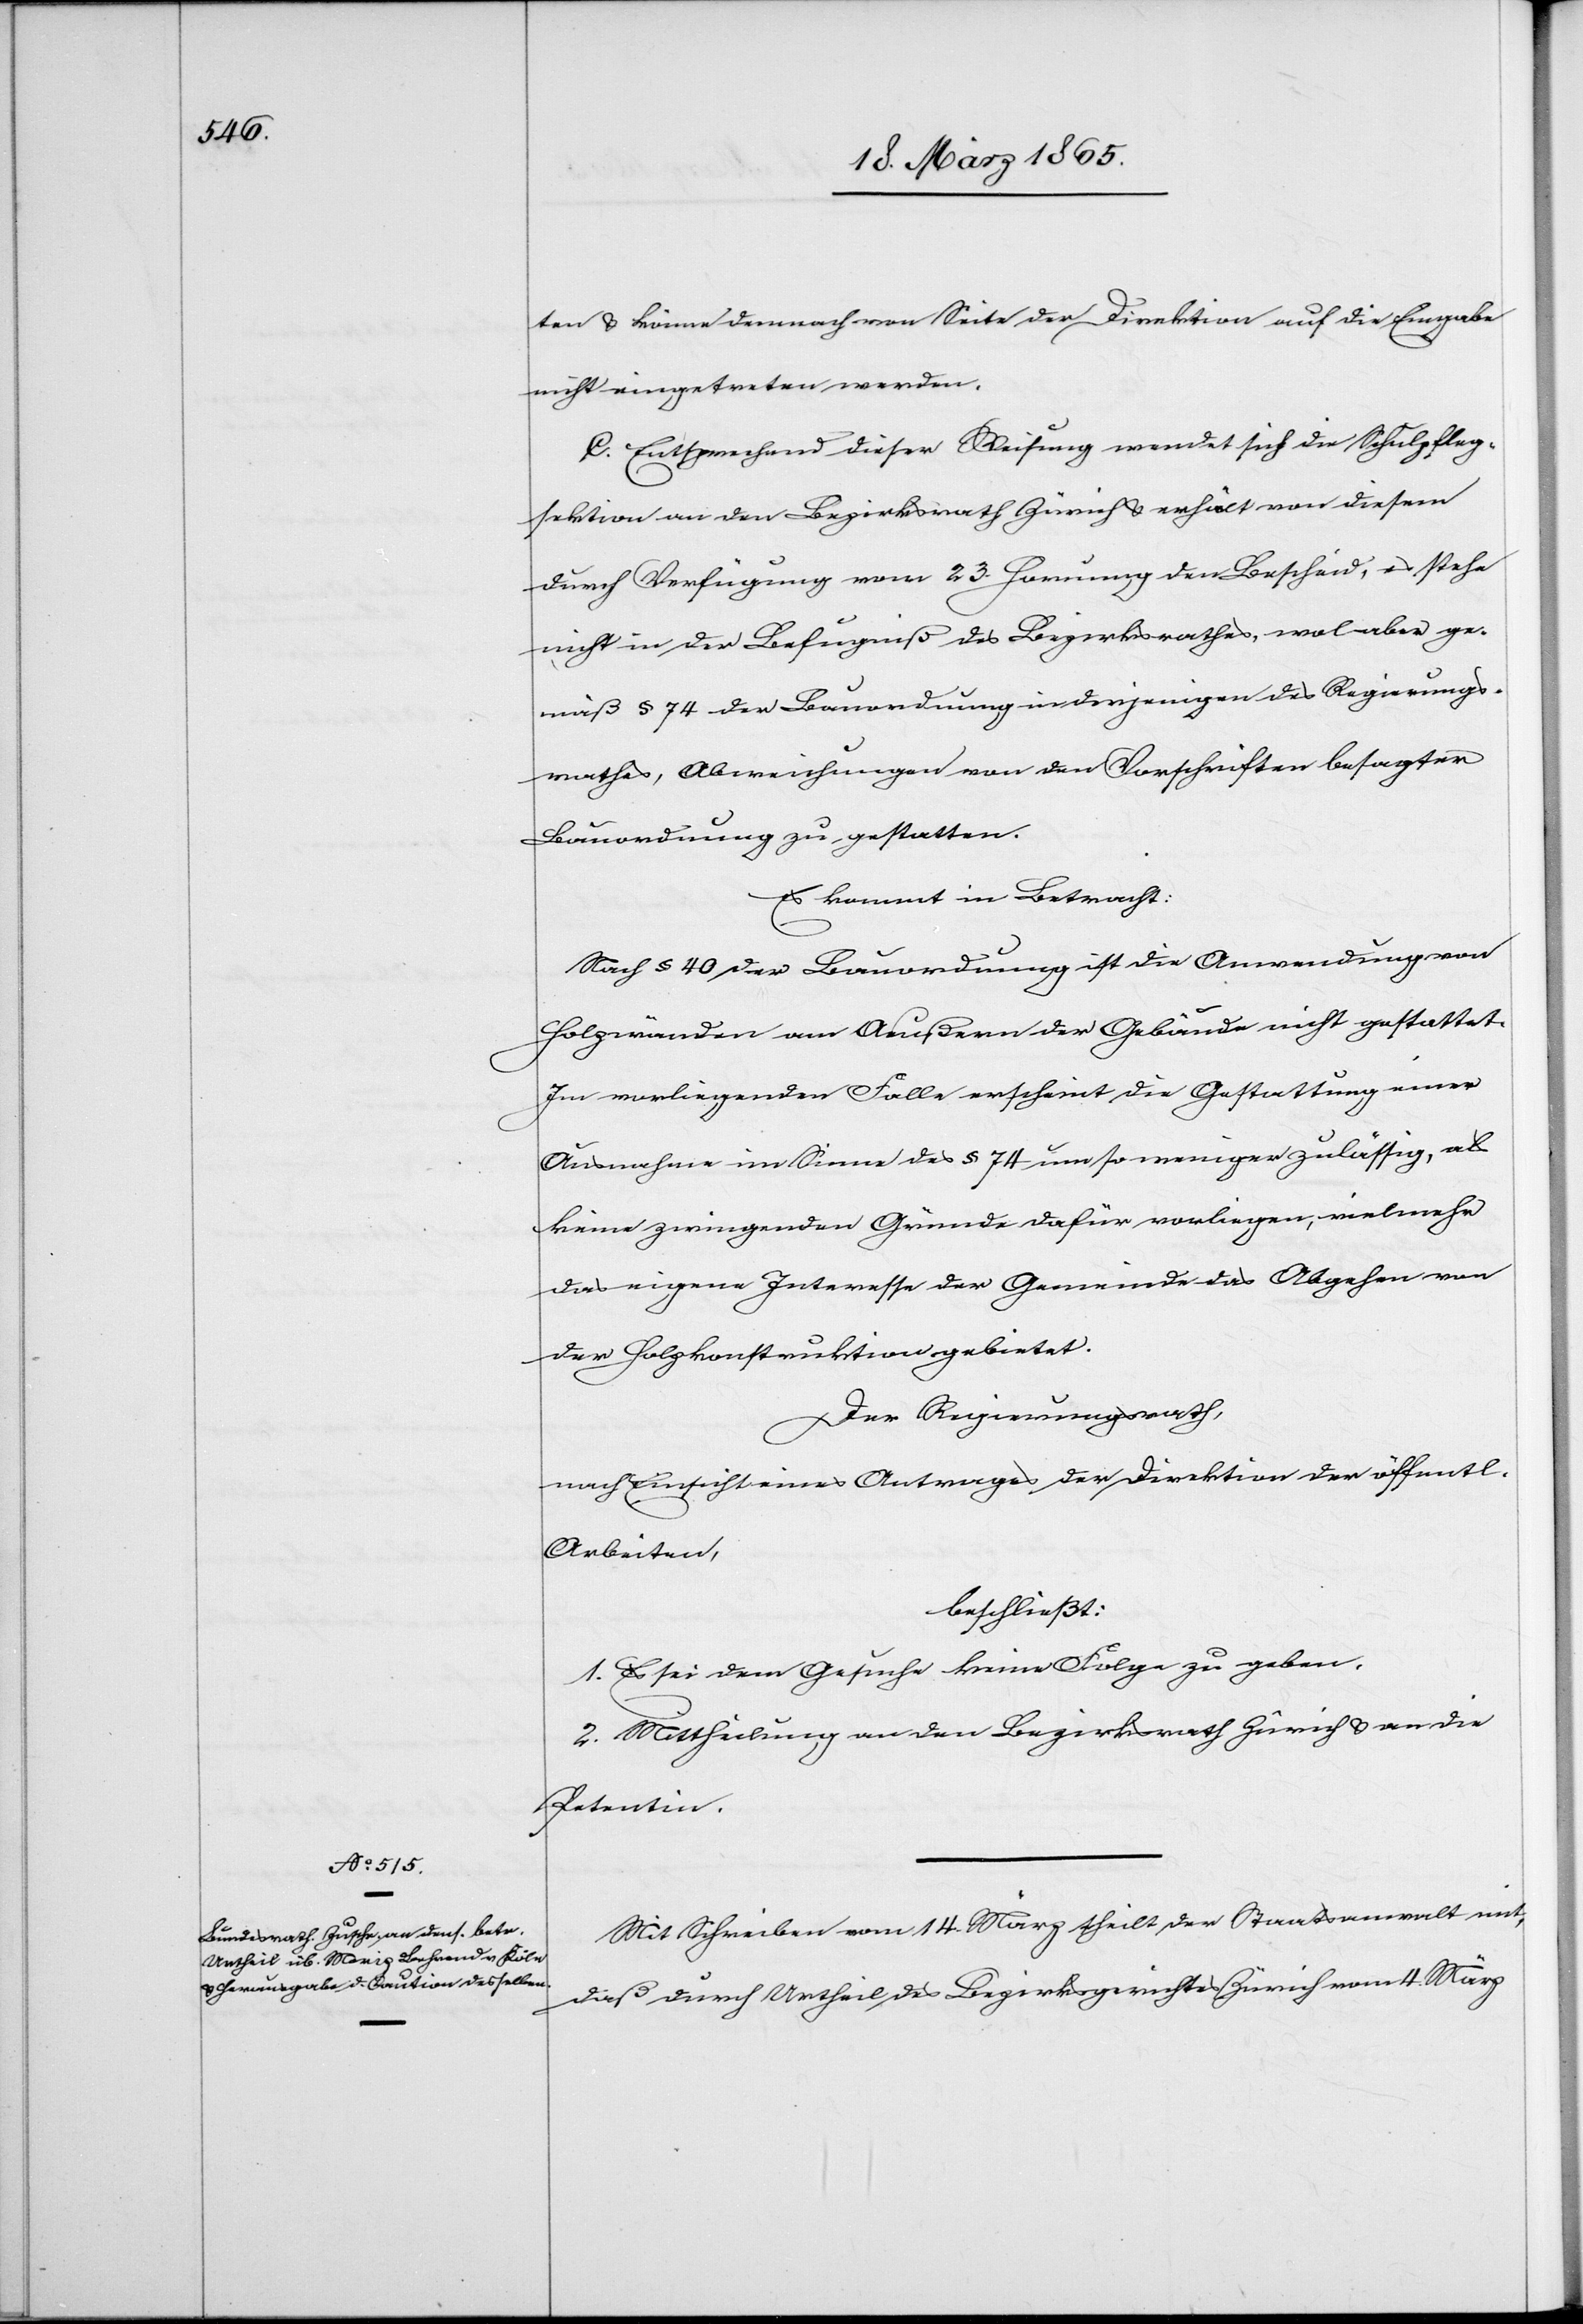
ten & könne demnach von Seite der Direktion auf die Eingabe
nicht eingetreten werden.
C. Entsprechend dieser Weisung wendet sich die Schulpfleg¬
sektion an den Bezirksrath Zürich & erhält von diesem
durch Verfügung vom 23. Hornung den Bescheid, es stehe
nicht in der Befugniß des Bezirksrathes, wol aber ge¬
mäß § 74 der Bauordnung in derjenigen des Regierungs¬
rathes, Abweichungen von den Vorschriften besagter
Bauordnung zu gestatten.
Es kommt in Betracht:
Nach § 40 der Bauordnung ist die Anwendung von
Holzwänden am Aeußern der Gebäude nicht gestattet.
Im vorliegenden Falle erscheint die Gestattung einer
Ausnahme im Sinne des § 74 um so weniger zulässig, als
keine zwingenden Gründe dafür vorliegen, vielmehr
das eigene Interesse der Gemeinde das Abgehen von
der Holzkonstruktion gebietet.
Der Regierungsrath,
nach Einsicht eines Antrages der Direktion der öffentl.
Arbeiten,
beschließt:
1. Es sei dem Gesuche keine Folge zu geben.
2. Mittheilung an den Bezirksrath Zürich & an die
Petentin.
Mit Schreiben vom 14. März theilt der Staatsanwalt mit,
daß durch Urtheil des Bezirksgerichtes Zürich vom 4. März